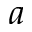
a